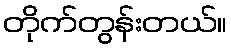
တိုက်တွန်းတယ်။